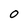
Character: 0